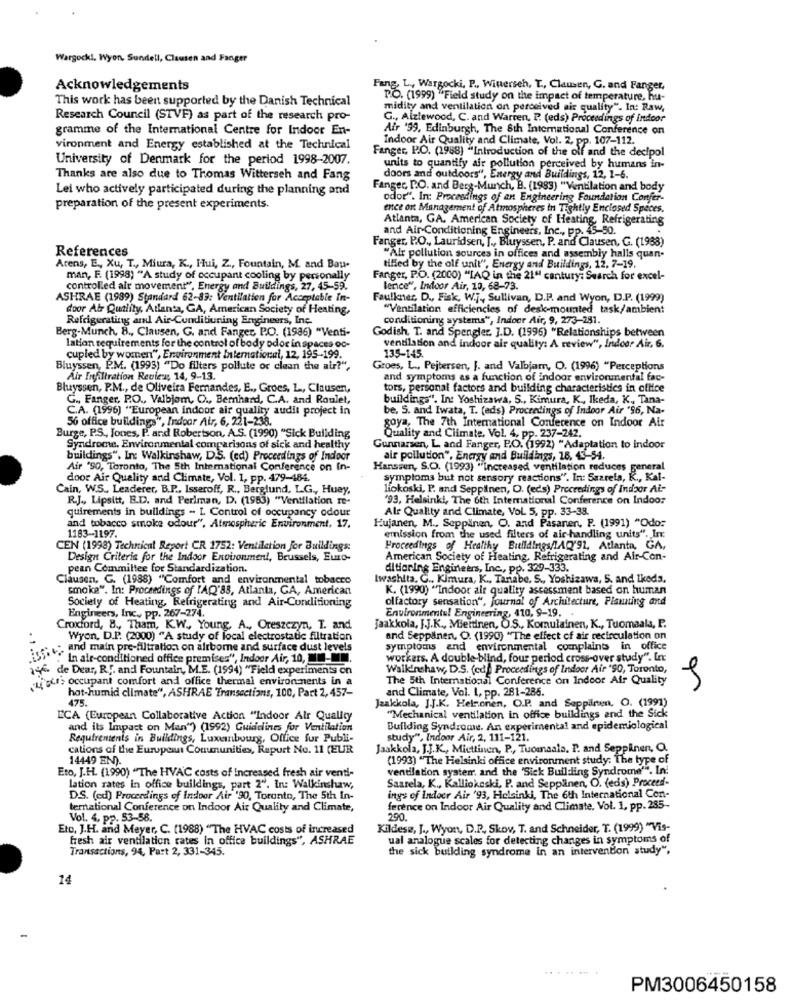
Wargock !, Wyon, Sundell, Clausen and Fanger
Acknowledgements
Fang, L. Wargocki, P ., Winerseh, T ., Clausen, G. and Fanger,
This work has been supported by the Danish Technical
P.O. (1999) "Field study on the impact of temperature, hu-
midity and ventilation on perceived air quality". In: Raw,
Research Council (STVF) as part of the research pro-
G ., Aizlewood, C. and Warren, P. (eds) Proceedings of indoor
gramme of the International Centre for Indoor En-
Air '99, Edinburgh, The 8th International Conference on
Indoor Air Quality and Climate, Vol. 2, pp. 107-112.
vironment and Energy established at the Technical
Fanger, P.O. (1988) "Introduction of the off and the decipol
University of Denmark for the period 1998-2007.
units to quantify air pollution perceived by humans in-
Thanks are also due to Thomas Witterseh and Fang
doors and outdoors", Energy and Buildings, 12, 1-6.
Lei who actively participated during the planning and
Fanger, DO. and Berg-Munch, B. (1983) "Ventilation and body
odor". In: Proceedings of an Engineering Foundation Confer-
preparation of the present experiments.
ence or Management of Atmospheres in Tightly Enclosed Speces.
Atlanta, GA. American Society of Heating Refrigerating
and Air-Conditioning Engineers, Inc ., pp.
Fanger, P.O ., Lauridsen, J ., Bluyssen, P. and Clausen, G. (1988)
References
"Air pollution sources in offices and assembly halls quan-
Arens, E ., Xu, T ., Miura, K ., Hui, Z ., Fountain, M. and Bau-
tiHed by the olf unit", Energy and Buildings, 12, 7-19.
man, F. (1998) "A study of occupant cooling by personally
Fanger, P.O. (2000) "IAQ in the 21" century; Search for excel-
controlled air movement", Energy and Buildings, 27, 45-59.
Bence", Indoor Air, 10, 68-73.
ASHRAE (1989) Standard 62-89: Ventilation for Acceptable In-
Faulkner, D ., Fisk, W.j ., Sullivan, D.P. and Wyon, D.P. (1999)
door Atr Quality, Atlanta, GA, American Society of Heating,
"Ventilation efficiencies of desk-mounted task/ambient
Refrigerating and Air-Conditioning Engineers, Inc.
conditioning systems", Indoor Air, 9, 273-281.
Berg-Munch, B ., Clausen, G. and Fanges P.O. (1986) "Venti-
Godish. T. and Spengler. J.D. (1995) "Relationships between
lation requirements for the control of body odor in spaces oc-
135-145.
ventilation and indoor air quality: A review", Indoor Air, 6.
cupled by women", Environment International, 12, 195-199.
Bluyssen, P.M. (1993) "Do filters pollute or clean the air?",
Groes, L ., Pejtersen, J. and Valbjam, O. (1996) "Perceptions
Air Infiltration Review, 14, 9-13.
and symptoms as a function of indoor environmental fac-
Bluyssen, P.M ., de Oliveira Fernandes, E ., Groes, L, Clausen,
tors, personal factors and building characteristics in office
G ., Fanger, P.O ., Valbjom, O ., Bernhard, C.A. and Roulet,
buildings". In: Yoshizawa, S ., Kimura, K ., Ikeda, K. Tana-
C.A. (1996) "European indoor air quality audit project in
be, S. and Iwata, T. (eds) Proceedings of Indoor Air "96, Na-
56 office buildings", Indoor Air, 6, 221-238.
goya, The 7th International Conference on Indoor Air
Burge, P.S ., Jones, P. and Robertson, A.S. (1990) "Sick Building
Quality and Climate, Vol. 4, pp. 237-242.
Syndrome. Environmental comparisons of sick and healthy
Gunnarsen, L. and Fanger, P.O. (1992) "Adaptation to indoor
buildings". In Walkinshaw, D.S. (ed) Proceedings of Indoor
air pollution", Energy and Buildings, 18, 43-54.
Air "SO, Toronto, The 5th International Conference on In-
Hansien, S.O. (1993) "increased ventilation reduces general
door Air Quality and Climate, Vol. 1, pp. 479-484.
symptoms but not sensory reactions". In: Sazrela, K ., Kal-
Cain, W.S ., Leaderer, B.P ., Isseroff, R ., Berglund, L.G ., Huey,
liokoski, P. and Seppilnen, O. (eds) Proceedings of Indoor Ai-
R.J ., Lipsitt, B.D. and Perlman, D. (1963) "Ventilation re-
"93, Helsinki, The 6th International Conference on Indoor
quirements in buildings - L Control of occupancy odour
Ale Quality and Climate, Vol. 5, pp. 33-38.
Hujanen, M ., Seppinen, O. and Pasanen, P. (1991) "Odo:
and tobacco smoke odour", Atmospheric Environment, 17.
1183-1197.
emission from the used filters of air handling units". In:
CEN (1998) Technical Report CR 1752: Ventilation for Buildings:
Proceedings of Healthy Buildings/1AQ'91, Atlanta, GA,
Design Criteria for the Indoor Environment, Brussels, Euro-
American Society of Heating, Refrigerating and Air-Con-
pean Committee for Standardization.
ditioring Engineers, Inc ., pp. 329-333.
Clausen, G. (1988) "Comfort and environmental tobacco
Iwashita. C ., Kimura, K ., Tariabe, S ., Yoshizawa, 5. and Ikeds.
smoke". In: Proceedings of IAQ'83, Atlanta, GA, American
K. (1990) ""Indoor air quality assessment based on human
olfactory sensation", journal of Architecture, Planning and
Society of Heating, Refrigerating and Air-Conditioning
Engineers, Inc ., pp. 267-274.
Environmentu! Engineering, 410, 9-19 ..
Croxford, 8 ., Tham, K.W ., Young, A ., Oreszczyn, T. and
jaakkola, J.J.K ., Mieitinen, O.S ., Komulainen, K ., Tuomaala, P.
. 1
Wyon, D.P. (2000) "A study of local electrostatic filtration
and Seppäinen. O. (1990) "The effect of air recirculation on
:re: " and main pre-filtration on airborne and surface dust levels
symptoms and environmental complaints in office
""In air-conditioned office premises", Indoor Air, 10, 00-
workers. A double-blind, four period cross-over study". Inc
age de Dear, Ry, and Fountain, M.E. (1994) "Field experiments on
WalkInshaw, D.S. (ed. Proceedings of Indoor Air "90, Toronto,
Aig"> occupant comfort and office thermal environments in a
The 5th International Conference on Indoor Air Quality
hot-humid climate", ASHRAE "Transactions, 100, Part 2, 457-
and Climate, Vol. 1, pp. 281-286.
475.
Jaakkola, J.J.K. Helsonen, O.P. and Seppiinen, O. (1997)
ECA (European Collaborative Action "Indoor Air Quality
"Mechanical ventilation in office buildings and the Sick
and its Impact on Man") (1992) Guidelines for Ventilation
Building Syndrome. An experimental and epidemiological
Requirements in Buildings, Luxembourg, Office fur Publi-
study", Indoor Air, 2, 111-121.
cations of the European Communities, Rapurt No. 11 (EUR
Jaakkola, J.J.K ., Miettinen, P ., Tuomaala. P. and Seppinen, O.
14449 EN).
(1993) "The Helsinki office environment study: The type of
Eto, J.H. (1990) "The HVAC costs of Increased fresh air venti-
ventilation systemr. and the 'Sick Building Syndrome". In:
Saarela, K ., Kalliokeski, P. and Sepplinen, O. (eds) Proceed-
lation rates in office buildings, part 2". In: Walkinshaw,
DS. (ed) Proceedings of Indoor Air '90, Toronto, The 5th In-
ings of Indocr Air '93, Helsinki, The 6th International Con-
ternational Conference on Indoor Air Quality and Climate,
ference on Indoor Air Quality and Climate, Vol. 1, pp. 285-
Vol. 4, pp. 53-58.
290.
Eto, J.H. and Meyer, C. (1988) "The HVAC costs of increased
Kildese, J ., Wyon, D.P ., Skov, T. and Schneider, T. (1999) "Vis-
fresh air ventilation rates In office buildings", ASHRAE
ual analogue scales for detecting changes in symptoms of
Transactions, 94, Part 2, 331-345.
the sick building syndrome in an intervention study",
14
........
PM3006450158